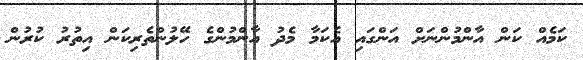
ކަމެއް ކަން އާންމުންނަށް އަންގައި އެކަމާ މެދު އާންމުންގެ ހޭލުންތެރިކަން އިތުރު ކުރުން